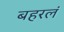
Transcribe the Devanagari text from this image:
बहरलं